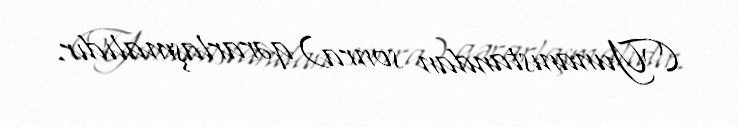
(Yunanıstandan sonra) qərarlaşmalıdır.